Statistical return of the lunatic asylum in Assam - 1912-1932
Year: 1912
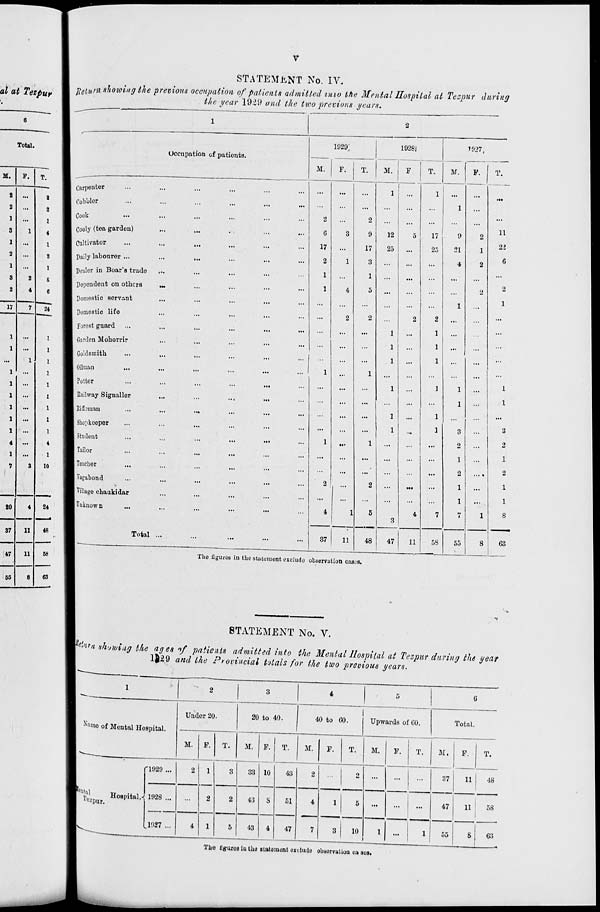
M.
P.
T.
2 ...
2
a ...
2
1
...
1
3
1
4
1
...
1
2
...
2
1 ...
1
3
2
S
2
4
6
17
7
24
1
1
1
1
...
1
1
1
1
1
1
1
1
1
1
1
1
1
1
4
4
1
1
7
3
10
20
4
24
37
11
48
47
11
68
65
8
63
STATEMENT No. IV.
Jtetprn lowing the previous occupation of patients admitted tmo Ike Mental Hospital at Tezpur during
tlie gear 192!) and the ttvo previous years.
Carpenter
Cobbler
Cook
Cooly (tea garden)
Cultivator
Daily labourer ...
Dealor in Boar's trade
Dependent on others
Domestic servant
Domostic life
Forest guard
Garden Mohorrir
Goldsmith
Oilman
Potter
Eailway Signallor
Rifbman
Shopkeeper
Student
Tailor
Teacher
Vagabond
Village chaukidar
Unknown
Total
Occupation cf patients.
1929:
M.
2
G
17
2
1
1
F.
37
11
1928i
T.
2
9
17
3
48
The figures in the statement exclude obsorvat ion case's.
M.
12
25
47
11
T.
1927,
M.
V.
17
25
9
21
4
5S
55
T.
11
9>.
2
1
1
1
3
2
1
2
1
1
8
63
STATEMENT No. V.
previous years.
ng cue year
The flgurea iu the statement exclude obnornlioa Oft ses.